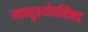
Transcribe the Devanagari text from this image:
माण्डुक्योपनिषद